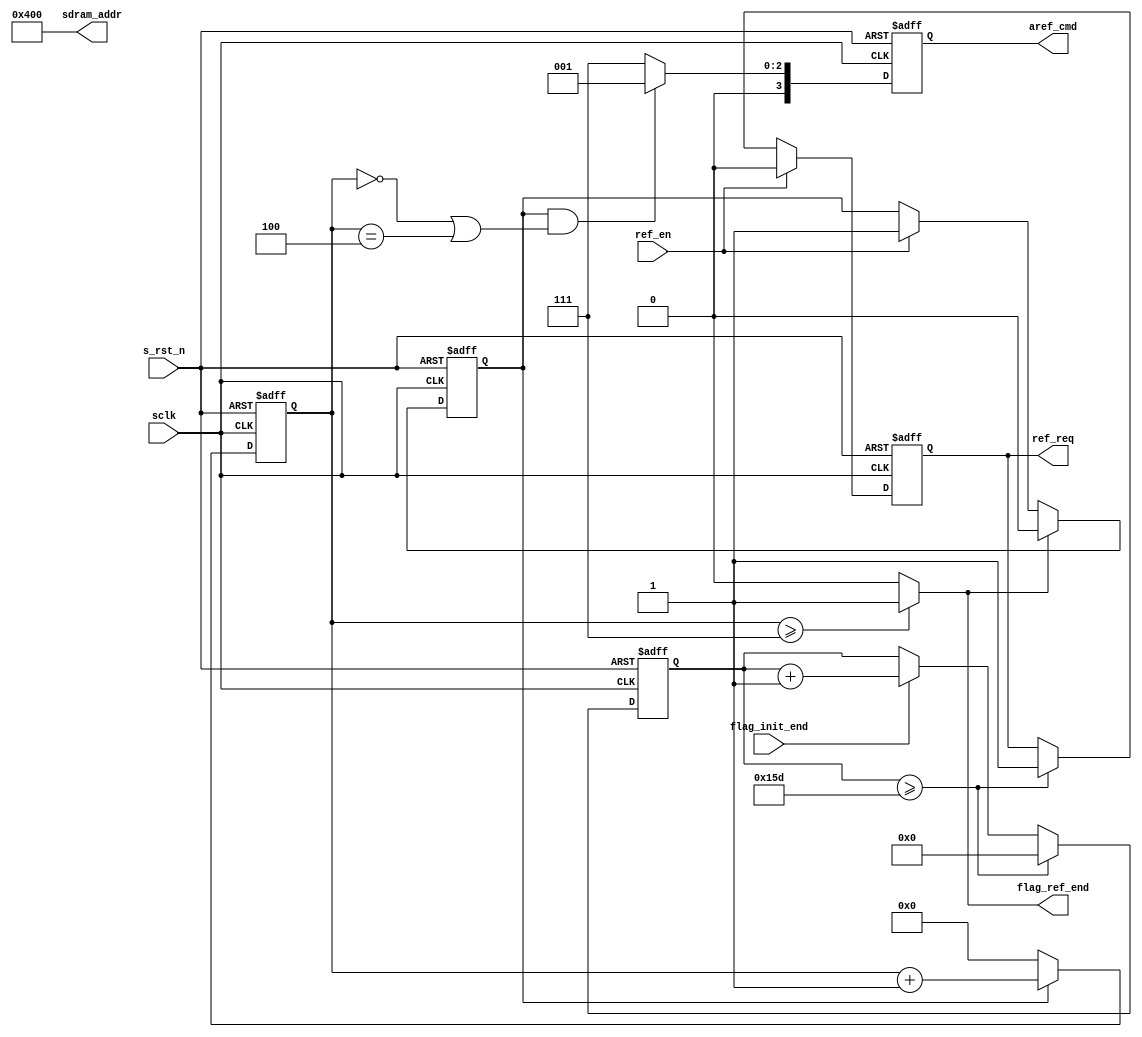
module  sdram_aref(
        // system signals
        input                   sclk                    ,
        input                   s_rst_n                 ,
        // communicate with ARBIT
        input                   ref_en                  ,
        output  reg             ref_req                 ,
        output  wire            flag_ref_end            ,
        // others
        output  reg     [ 3:0]  aref_cmd                ,
        output  wire    [12:0]  sdram_addr              ,
        input                   flag_init_end           
);

//================================================================\
// ********* Define Parameter and Internal Signals *********
//================================================================/
localparam      DELAY_7US      =        349                     ;
localparam      CMD_AREF        =       4'b0001                 ;
localparam      CMD_NOP         =       4'b0111                 ;
//localparam      CMD_PRE         =       4'b0010                 ;

reg     [ 3:0]                  cmd_cnt                         ;
reg     [ 9:0]                  ref_req_cnt                         ;
reg                             flag_ref                        ;

//==========================================================================
// ****************     Main    Code    **************
//==========================================================================
always  @(posedge sclk or negedge s_rst_n) begin
        if(s_rst_n == 1'b0)
                ref_req_cnt <=      'd0;
        else if(ref_req_cnt >= DELAY_7US)
                ref_req_cnt <=      'd0;
        else if(flag_init_end == 1'b1)
                ref_req_cnt <=      ref_req_cnt + 1'b1;
end

always  @(posedge sclk or negedge s_rst_n) begin
        if(s_rst_n == 1'b0)
                ref_req <=      1'b0;
        else if(ref_en == 1'b1)
                ref_req <=      1'b0;
        else if(ref_req_cnt >= DELAY_7US)
                ref_req <=      1'b1;
end

always  @(posedge sclk or negedge s_rst_n) begin
        if(s_rst_n == 1'b0)
                flag_ref        <=      1'b0;
        else if(flag_ref_end == 1'b1)
                flag_ref        <=      1'b0;
        else if(ref_en == 1'b1)
                flag_ref        <=      1'b1;
end
always  @(posedge sclk or negedge s_rst_n) begin
        if(s_rst_n == 1'b0)
                cmd_cnt <=      'd0;
        else if(flag_ref == 1'b1)
                cmd_cnt <=      cmd_cnt + 1'b1;
        else 
                cmd_cnt <=      'd0;
end

always  @(posedge sclk or negedge s_rst_n) begin
        if(s_rst_n == 1'b0)
                aref_cmd        <=      CMD_NOP;
        else if(flag_ref == 1'b1 && (cmd_cnt == 'd0||cmd_cnt == 'd4))
                aref_cmd        <=      CMD_AREF;
        else
                aref_cmd        <=      CMD_NOP;
end

assign  flag_ref_end    =       (cmd_cnt >= 'd7) ? 1'b1 : 1'b0;
assign  sdram_addr      =       13'b0_0100_0000_0000;

endmodule